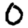
Digit: 0